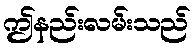
ဤနည်းလမ်းသည်